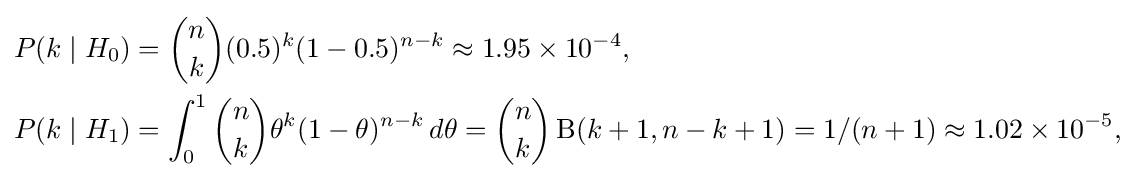
{\begin{aligned}P(k\mid H_{0})&={n \choose k}(0.5)^{k}(1-0.5)^{n-k}\approx 1.95\times 10^{-4},\\P(k\mid H_{1})&=\int _{0}^{1}{n \choose k}\theta ^{k}(1-\theta )^{n-k}\,d\theta ={n \choose k}\operatorname {\mathrm {B} } (k+1,n-k+1)=1/(n+1)\approx 1.02\times 10^{-5},\end{aligned}}